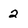
Character: 2